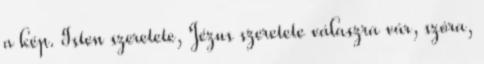
a kép. Isten szeretete, Jézus szeretete válaszra vár, szóra,